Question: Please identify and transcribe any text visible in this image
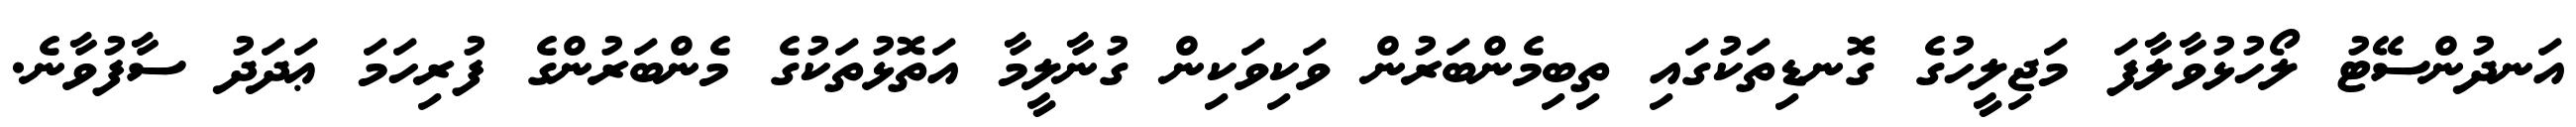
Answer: އަނދުންސޭޓު ލޯހުޅުވާލާފަ މަޖިލީހުގެ ގޮނޑިތަކުގައި ތިބިމެންބަރުން ވަކިވަކިން ގުނާލީމާ އަތޮޅުތަކުގެ މެންބަރުންގެ ފުރިހަމަ ޢަދަދު ސާފުވާނެ.